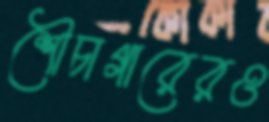
শৌচাগারেরও